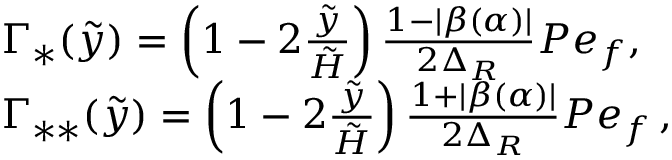
\begin{array} { r l } & { \Gamma _ { \ast } ( \tilde { y } ) = \left( 1 - 2 \frac { \tilde { y } } { \tilde { H } } \right) \frac { 1 - \lvert \beta ( \alpha ) \rvert } { 2 \Delta _ { R } } P e _ { f } , \, } \\ & { \Gamma _ { \ast \ast } ( \tilde { y } ) = \left( 1 - 2 \frac { \tilde { y } } { \tilde { H } } \right) \frac { 1 + \lvert \beta ( \alpha ) \rvert } { 2 \Delta _ { R } } P e _ { f } \, , } \end{array}